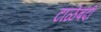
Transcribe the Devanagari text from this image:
टाळेबंदी